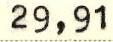
29,91